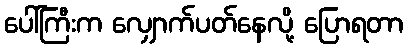
ပေါ်ကြီးက လျှောက်ပတ်နေလို့ ပြောရတာ